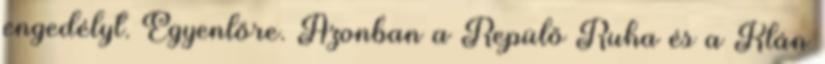
engedélyt. Egyenlőre. Azonban a Repülő Ruha és a Klán